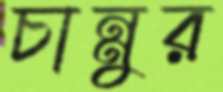
চান্নুর